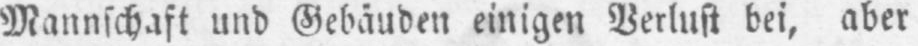
Mannschaft und Gebäuden einigen Verlust bei, aber